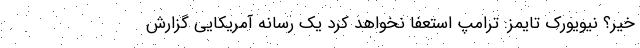
خیر؟ نیویورک تایمز: ترامپ استعفا نخواهد کرد یک رسانه آمریکایی گزارش